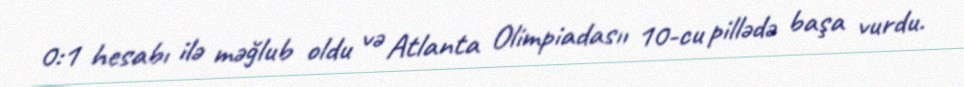
0:1 hesabı ilə məğlub oldu və Atlanta Olimpiadasıı 10-cu pillədə başa vurdu.